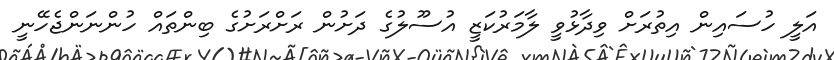
އަލީ ހުސައިން އިތުރަށް ވިދާޅުވީ ލާމަރުކަޒީ އުސޫލުގެ ދަށުން ރަށްރަށުގެ ބިންތައް ހުންނަންޖެހޭނީ